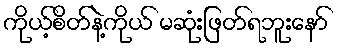
ကိုယ့်စိတ်နဲ့ကိုယ် မဆုံးဖြတ်ရဘူးနော်